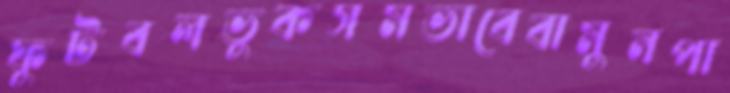
ফুটবলভুকসমভাবেবামুনপা